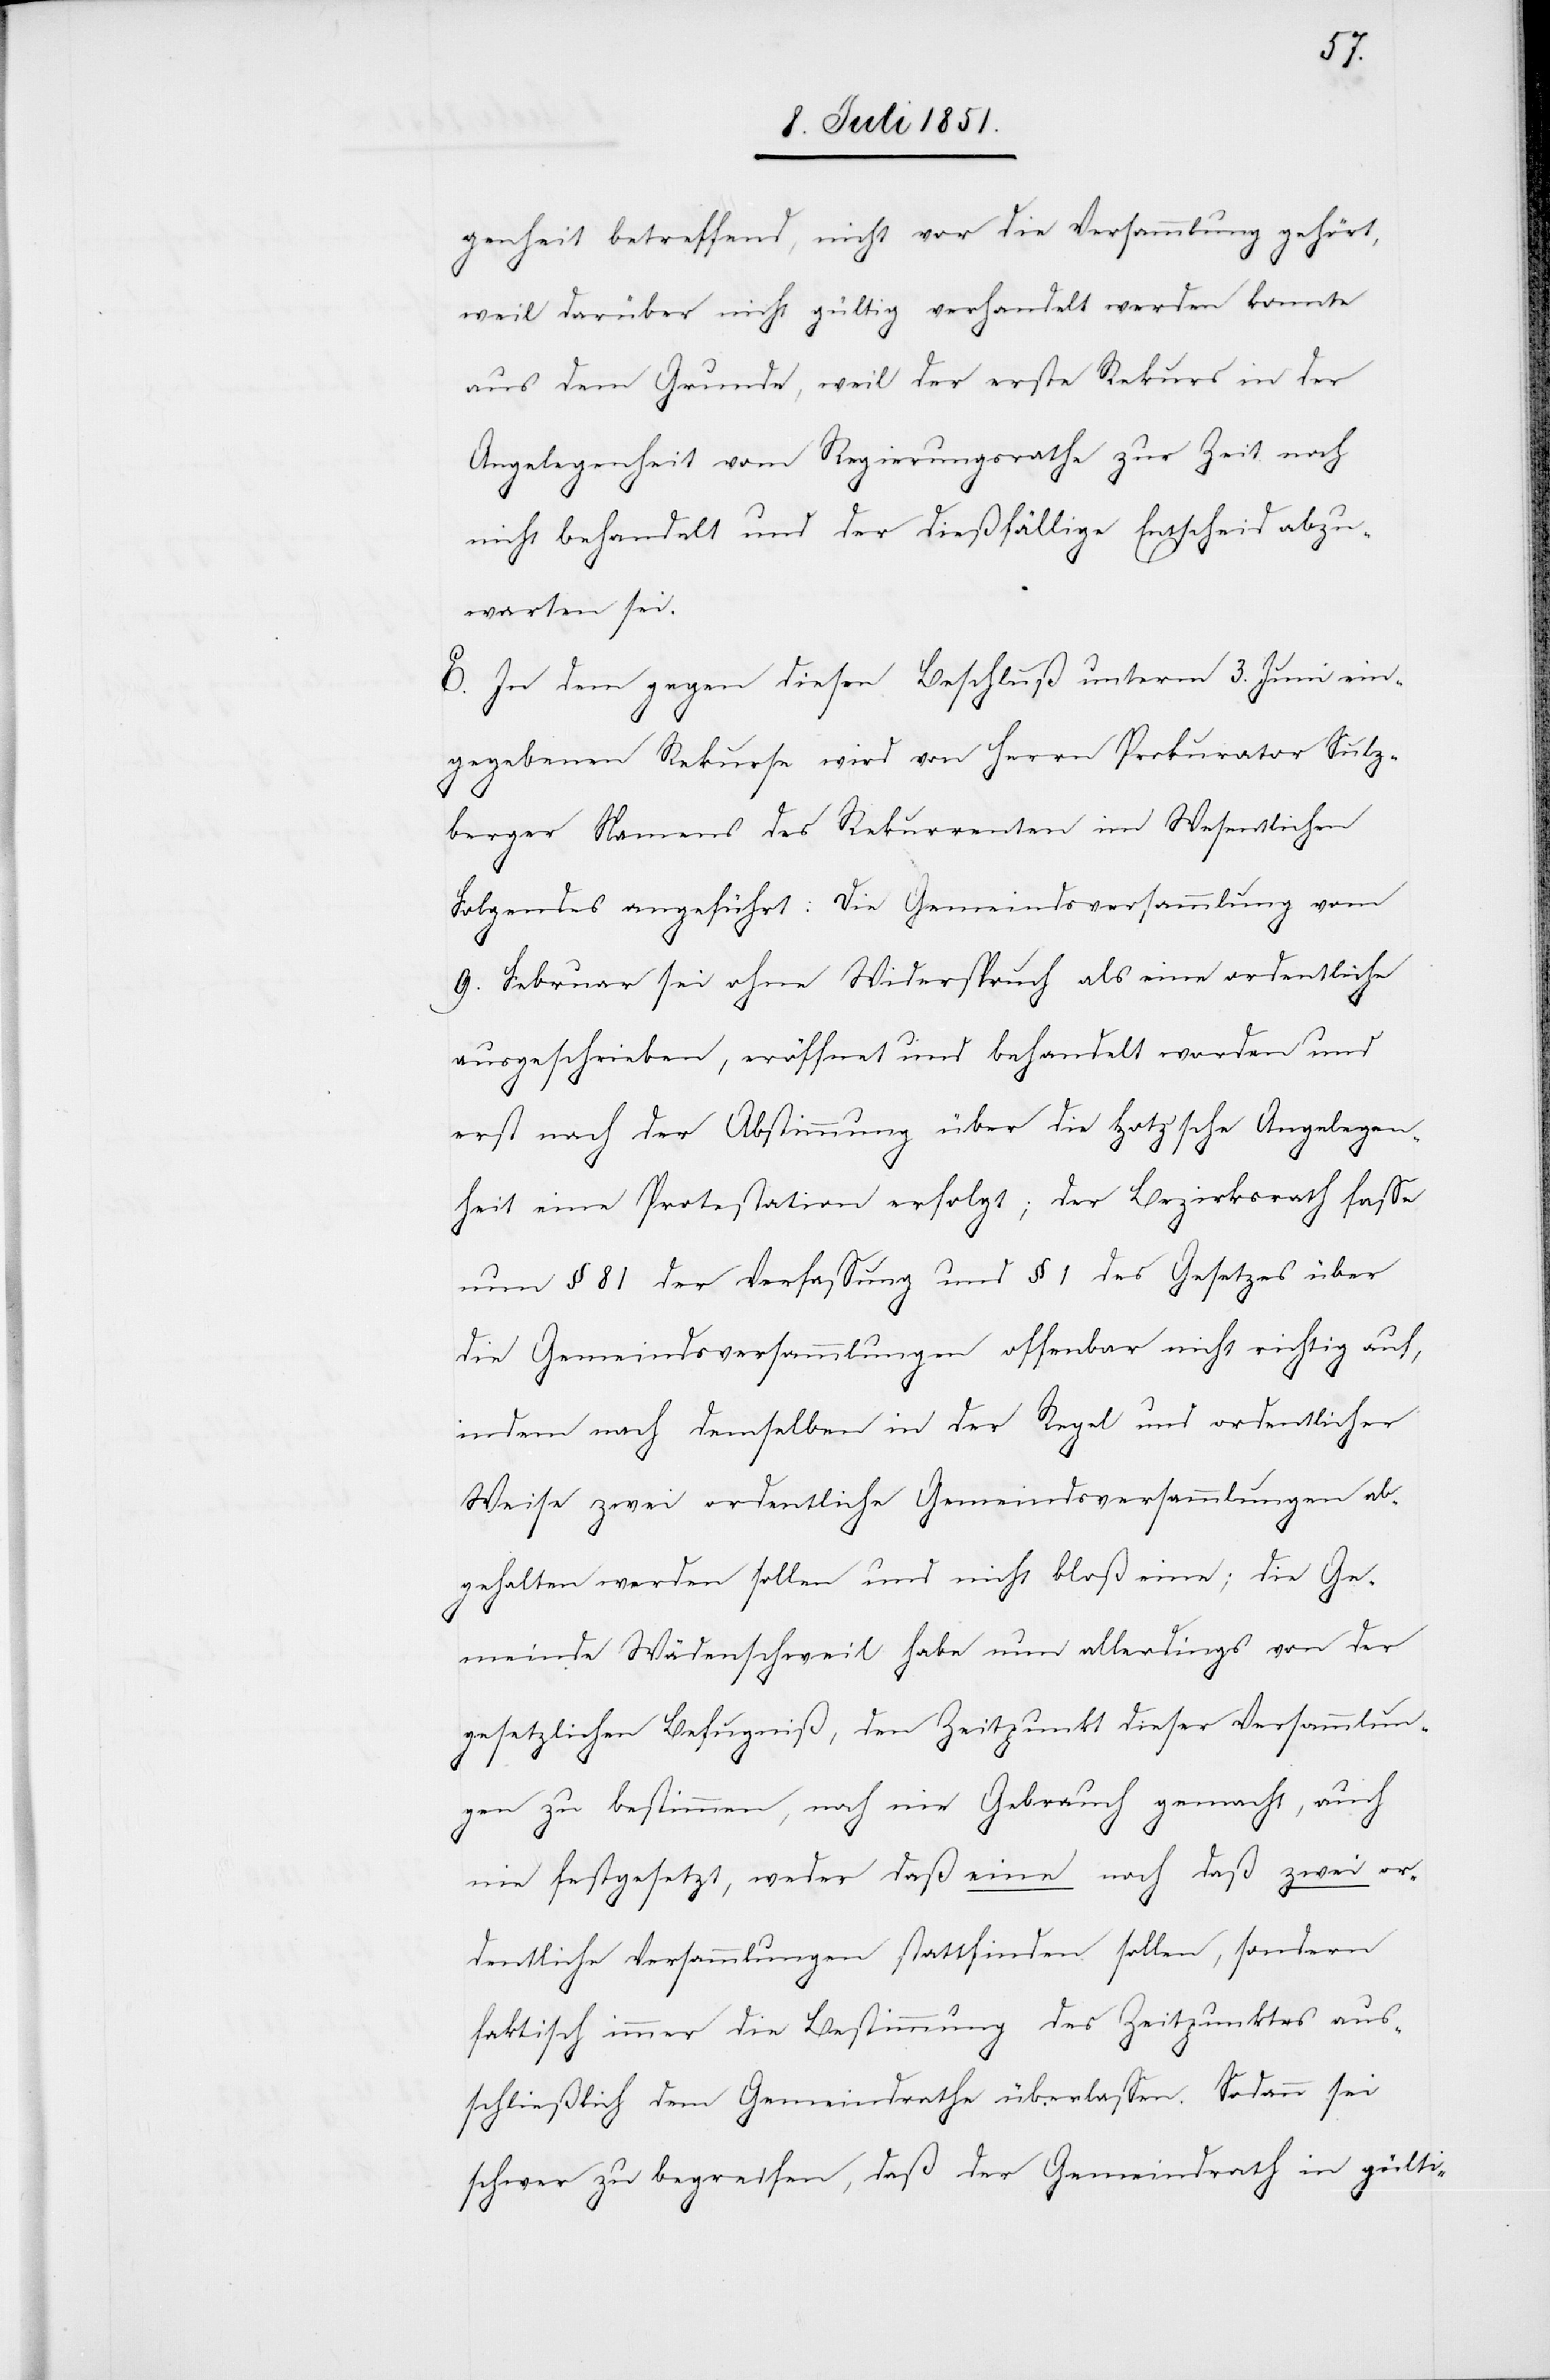
genheit betreffend, nicht vor die Versammlung gehört,
weil darüber nicht gültig verhandelt werden konnte
aus dem Grunde, weil der erste Rekurs in der
Angelegenheit vom Regierungsrathe zur Zeit noch
nicht behandelt und der dießfällige Entscheid abzu¬
warten sei.
E. In dem gegen diesen Beschluß unterm 3. Juni ein¬
gegebenen Rekurse wird von Herrn Prokurator Sulz¬
berger Namens des Rekurrenten im Wesentlichen
Folgendes angeführt: Die Gemeindsversammlung vom
9. Februar sei ohne Widerspruch als eine ordentliche
ausgeschrieben, eröffnet und behandelt worden und
erst nach der Abstimmung über die Hotz’sche Angelegen¬
heit eine Protestation erfolgt; der Bezirksrath fasse
nun § 81 der Verfassung und § 1 des Gesetzes über
die Gemeindsversammlungen offenbar nicht richtig auf,
indem nach demselben in der Regel und ordentlicher
Weise zwei ordentliche Gemeindsversammlungen ab¬
gehalten werden sollen und nicht bloß eine; die Ge¬
meinde Wädenschweil habe nun allerdings von der
gesetzlichen Befugniß, den Zeitpunkt dieser Versammlun¬
gen zu bestimmen, noch nie Gebrauch gemacht, auch
nie festgesetzt, weder daß eine noch daß zwei or¬
dentliche Versammlungen stattfinden sollen, sondern
faktisch immer die Bestimmung des Zeitpunktes aus¬
schließlich dem Gemeindrathe überlassen. Sodann sei
schwer zu begreifen, daß der Gemeindrath in gülti-